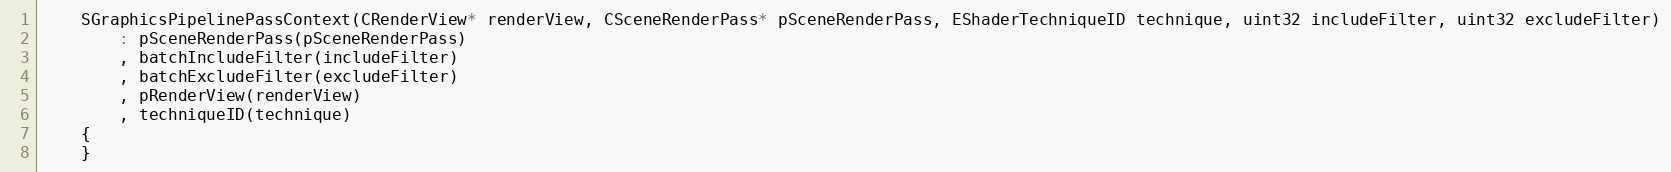
Language: C
	SGraphicsPipelinePassContext(CRenderView* renderView, CSceneRenderPass* pSceneRenderPass, EShaderTechniqueID technique, uint32 includeFilter, uint32 excludeFilter)
		: pSceneRenderPass(pSceneRenderPass)
		, batchIncludeFilter(includeFilter)
		, batchExcludeFilter(excludeFilter)
		, pRenderView(renderView)
		, techniqueID(technique)
	{
	}